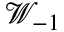
\mathcal { W } _ { - 1 }